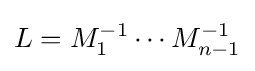
L=M_{1}^{-1}\cdots M_{n-1}^{-1}